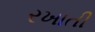
રખાતી